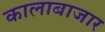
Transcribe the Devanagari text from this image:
कालाबाजार